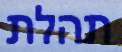
תהלת